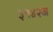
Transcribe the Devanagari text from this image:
३१४२अ